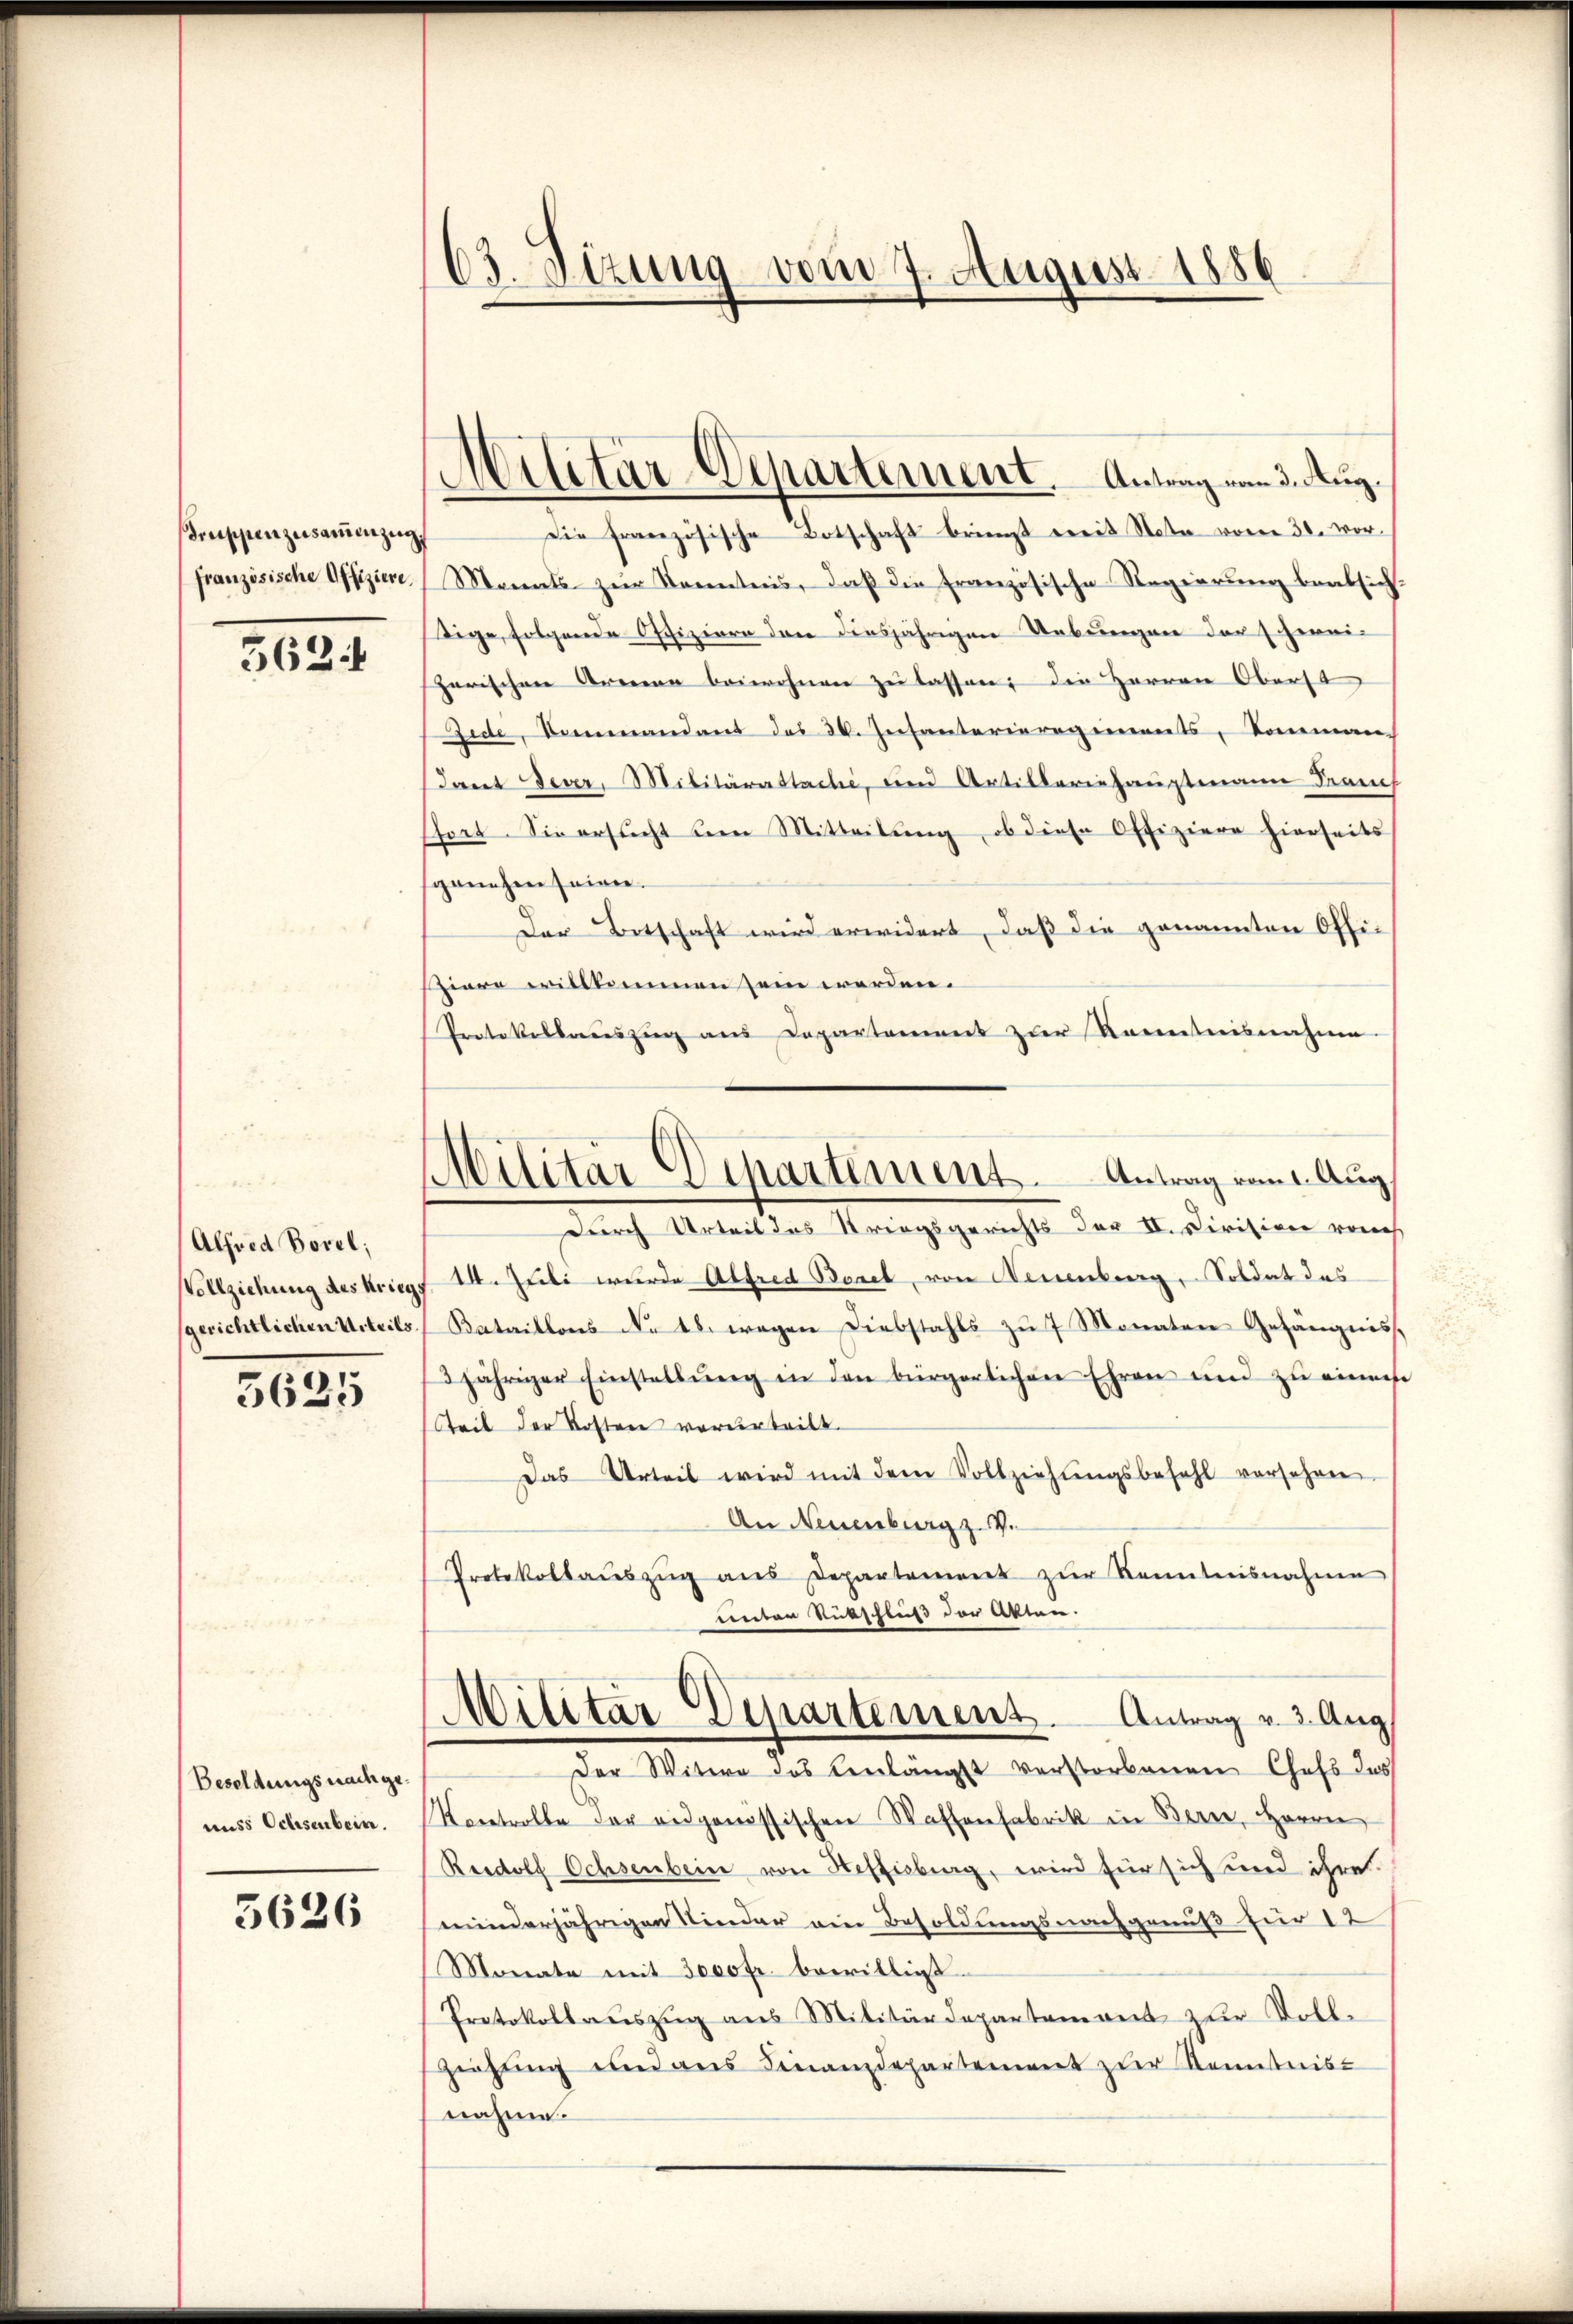
sinischen zusammenzug,
französische Offiziere

563

Alfred Borel;
Vollziehung des Krieg
sgerichtlichen Urteils.

3625

Besoldungsnachgeunss Ochsenbein.

3626

63. Sizung vom 7. August 1886

Militär-Departement. Antrag vom 3. Aug.

Die französische Botschaft brienst weit Nota vom 30. vor.
Monats- zur Kenntnis, daß die französische Regierung beabsich-
ige, folgende Offiziere den diesjährigen Uebungen der schweiparischen Armen beiwohnen zu lassen: die Herren Oberst
Zede, Seemandant des 30. Insanterieregiments, Komman
dant Feuer, Militärattache, und Artilleriehauptmann Frauch
stort. Sie ersŭcht den Mitteilŭng, ob diese Offiziere hierseits
sganchen seinen.
Der Botschaft wird erwidert, daß die genannten Offisiere willkommen sein werden.
Protokollauszug aus Departement zur Kenntnisnahme
durch Urteil das Striegsgerichts der II. Civision rauch
14. Juli wurde Alfred Borel, von Neuenburg, Soldat des
Kataillons No 18. wegen Diebstahls zu 7 Monaten Gefängnis,
3jähriger Einstellŭng in den bürgerlichen Ehren und zu eines
Teil der Kosten vorderteilt.
Das Urteil wird mit dem Vollziehŭngsbefehl versehen
An Neuenburg z.
Protokollaŭszŭg ans Departement zŭr Kenntnisnahme
unter Rütschluß der Akten.
Militar Departement. Antrag v. 3. Aug.
Der Witwe des Verlängst verstorbenen Chefs des
Kontrolle der eidgenössischen Wassenfabrik in Bern, Herrn
Reedolf Ochsenbein von Heffisburg, wird für sich und ihre
minderjährigen Nieder ein Besoldungsnachgenuß für 12
Monate mit 3000 Fr. bewilligt.
Protokollauszug aus Militärdepartement zur Toll.
Ziehung und aus Finanzdepartement zur Kenntnis-
nahme.

Militär-Departement. Antrag vom 1. Aug.